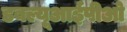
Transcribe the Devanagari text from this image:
डबल्यूआईपीओ